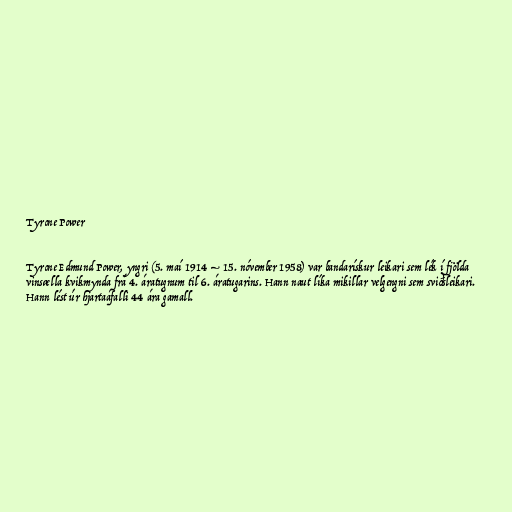
Tyrone Power

Tyrone Edmund Power, yngri (5. maí 1914 – 15. nóvember 1958) var bandarískur leikari sem lék í fjölda
vinsælla kvikmynda frá 4. áratugnum til 6. áratugarins. Hann naut líka mikillar velgengni sem sviðsleikari.
Hann lést úr hjartaáfalli 44 ára gamall.